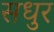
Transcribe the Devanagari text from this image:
सधुर